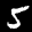
Label: 5